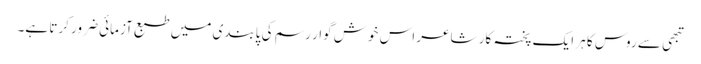
تبھی سے روس کا ہر ایک پختہ کار شاعر اس خوش گوار رسم کی پابندی میں طبع آزمائی ضرور کرتا ہے۔